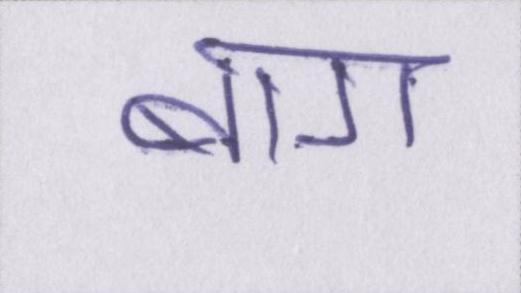
बाग